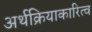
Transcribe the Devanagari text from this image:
अर्थक्रियाकारित्व